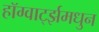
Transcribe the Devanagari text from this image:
हॉग्वार्ट्झमधुन